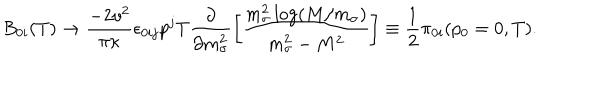
B _ { 0 i } ( T ) \rightarrow \frac { - 2 v ^ { 2 } } { \pi \kappa } \epsilon _ { 0 i j } p ^ { j } T \frac { \partial } { \partial m _ { \sigma } ^ { 2 } } \left[ \frac { m _ { \sigma } ^ { 2 } \log ( M / m _ { \sigma } ) } { m _ { \sigma } ^ { 2 } - M ^ { 2 } } \right] \equiv \frac { 1 } { 2 } { \cal { \pi } } _ { 0 i } ( p _ { 0 } = 0 , T ) .